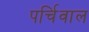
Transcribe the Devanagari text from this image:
पर्चिवाल